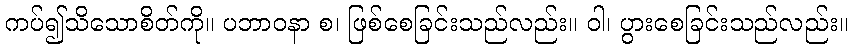
ကပ်၍သိသောစိတ်ကို။ ပဘာဝနာ စ၊ ဖြစ်စေခြင်းသည်လည်း။ ဝါ၊ ပွားစေခြင်းသည်လည်း။